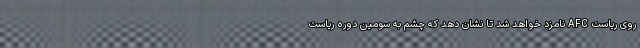
روی ریاست AFC نامزد خواهد شد تا نشان دهد که چشم به سومین دوره ریاست